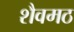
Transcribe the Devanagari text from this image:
शैवमठ